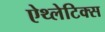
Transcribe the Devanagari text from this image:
ऐथ्लेटिक्स